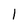
Character: l